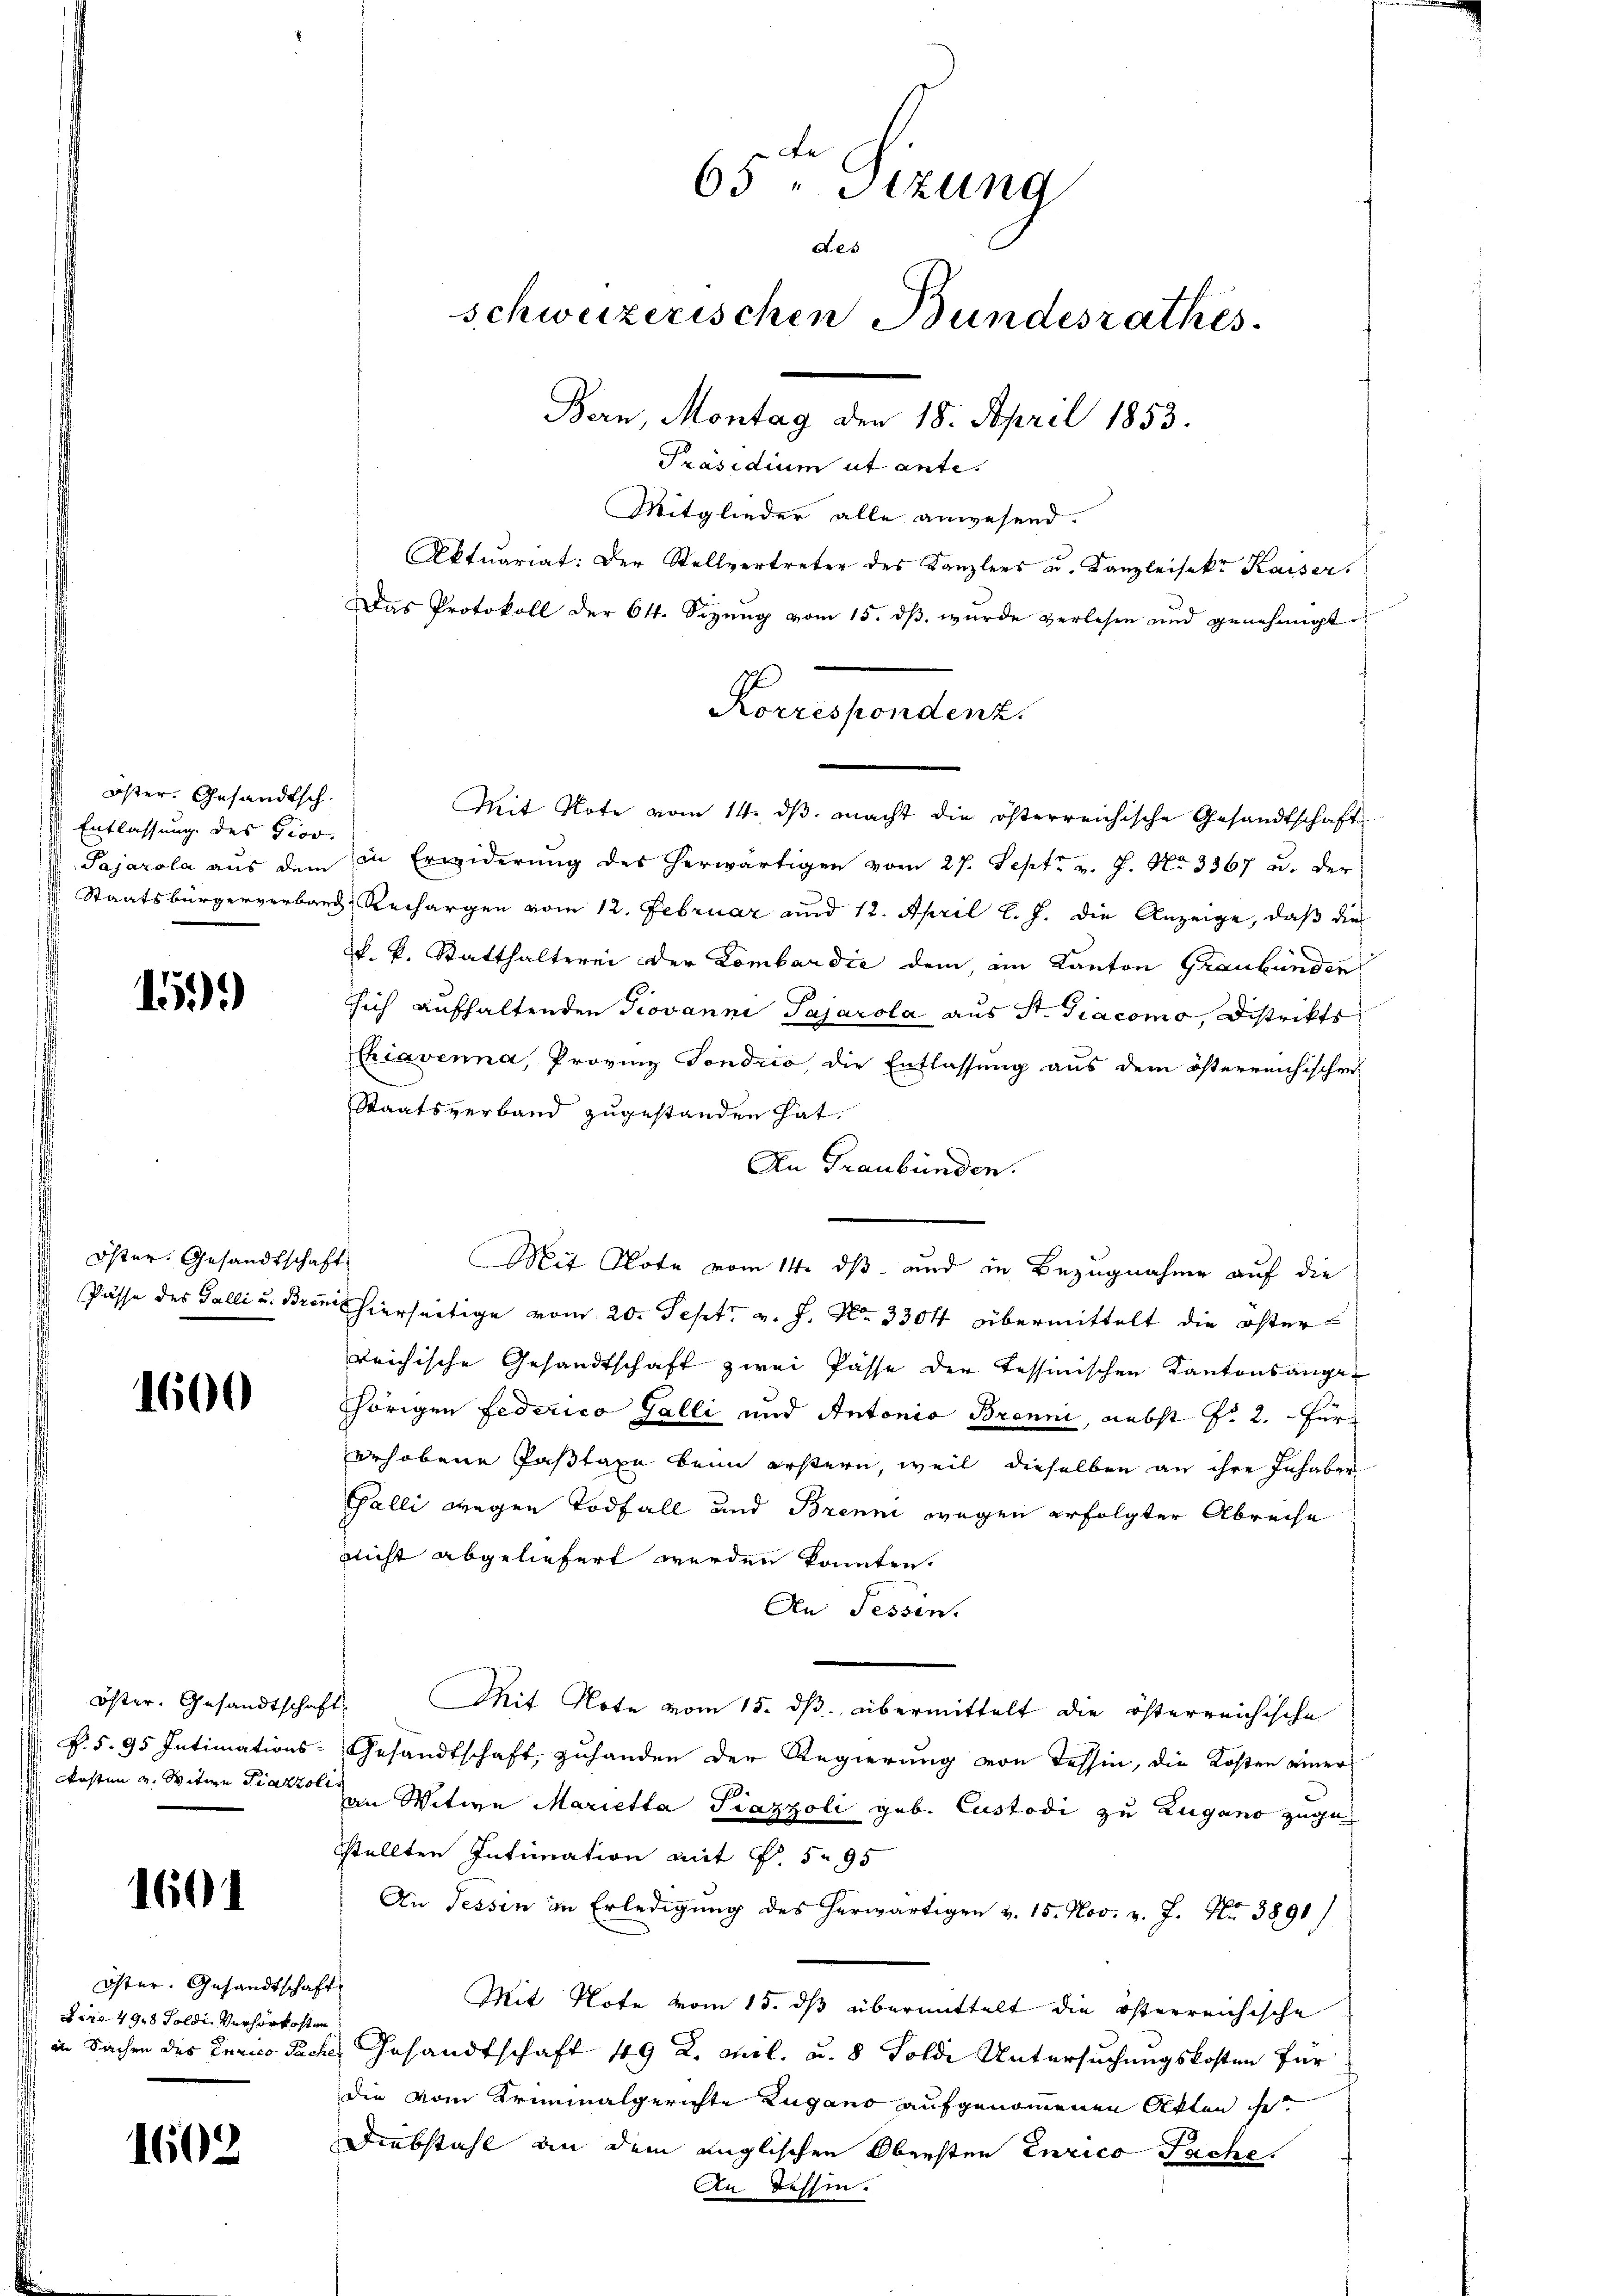
öster. Gesandtsch.
Entlassung des Giov.

15.)

Öster. Gesandtschaft

1600

1601

Öster. Gesandtschaft
dere 4918 Feldi verhörkosten

1602

65 " Sizung
Aes
schweizerischen Bundesrathes
Ban, Montag der 18. April 1853.
Präsidium ut ante.
Mitglieder alle anwesend.
Aktuariat: Der Stellvertreter des Kanzlers u. Kanzleisekt Kaiser.
Das Protokoll der 64. Sizŭng vom 15. dβ wŭrde verlesen und genehmigt

Mit Note vom 14. ds. macht die österreichische Gesandtschaft
Pajarola aus dem in Erwiderung des herwärtigen vom 27. Sept. v. J. No 3367 u. der
 Staatsbürgerverband Rechargen vom 12. Februar und 12. April l. J. die Anzeige, daß die
k. k. Statthalterei der Lombardić dem, im Kanton Graubünden
sich aufhaltenden Giovanne Pajarola aus St. Giacomo, Distrikts
Chiavenna, Provinz Sondrio, die Entlassung aus dem österreichischen
Staatsverband zugestanden hat.
An Graubünden.
Mit Note vom 14. ds und in Bezugnahme auf die
Pässe des Galli u. Bran hierseitige vom 20. Sept. v. J. No. 330 f übermittelt die öfter
reichische Gesandtschaft zwei Pässe der Tessinischen Kantonsangehörigen Federico Galli und Antonia Brenni, nebst f. 2. Für
erhobene Pastaxe beim erstern, weil dieselben an ihre Inhaber
Galli wegen Todfall und Brenni wegen erfolgter Abreise
nlicht abgeliefert werden konnten.
An Tessin.
Öster. Gesandtschaft. Mit Note vom 15. dβ übermittelt die österreichische
P.S. 95 Intimations-Gesandtschaft, zuhanden der Regierung von Tessin, die Kosten einer
Kosten u. Witwe Piano in Witwe Marietta Piazzoli geb. Custodi zu Zugano zugestellten Intimation mit P. 595
An Tessin in Erledigung des herwärtigen v. 15. Nov. v. J. Nr. 3891/
Mit Note vom 15. dß übermittelt die österreichische
in Sachen des Turico Sache Gesandtschaft 49 K. Mil. u. 8 Solde Untersuchungskosten für
die vom Kriminalgerichte Zugano aufgenommenen Akten ist.
Diebstahl an dem englischen Obersten Eurico Fache.
An deshin.

Konsendene